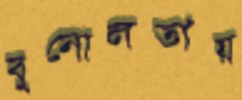
বুনোলতায়